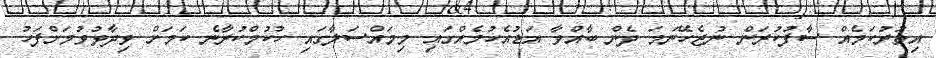
އިތުރުކަމެއް ސާފުކުރަން ނުޖެހޭނަމަ ދެން ބާއްވާ އަޑުއެހުމެއްގައި މިމައްސަލާގައި ހުކުމްކުރާނެ ކަމަށް ވިދާޅުވުމަށްފަހު